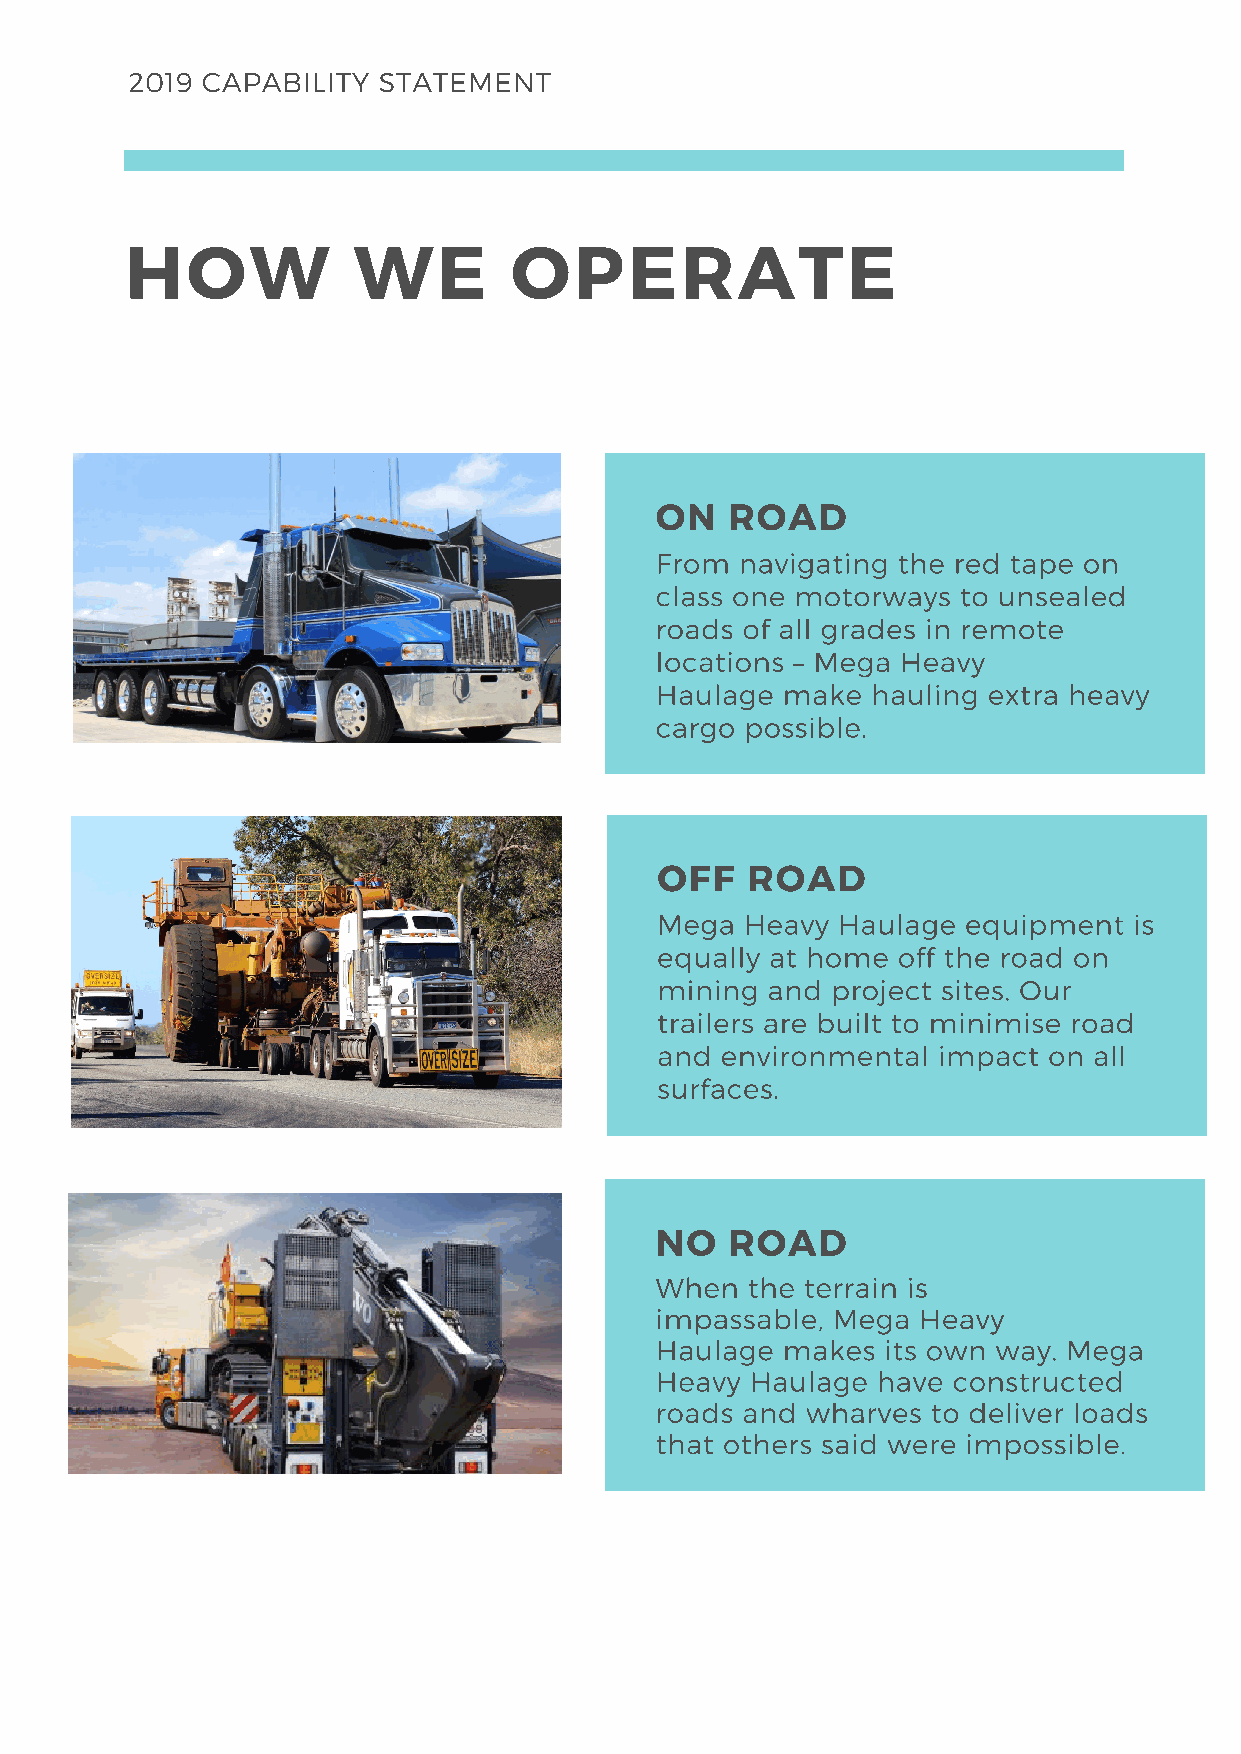
2019 CAPABILITY  STATEMENT
 HOW            WE         OPERATE
 ON   ROAD
 From  navigating the red tape on
 class one motorways  to unsealed
 roads of all grades in remote
 locations – Mega Heavy
 Haulage  make  hauling extra heavy
 cargo possible.
 OFF   ROAD
 Mega  Heavy Haulage  equipment  is
 equally at home off the road on
 mining  and project sites. Our
 trailers are built to minimise road
 and  environmental impact on all
 surfaces.
 NO   ROAD
 When  the terrain is
 impassable, Mega  Heavy
 Haulage  makes  its own way. Mega
 Heavy  Haulage have constructed
 roads and wharves  to deliver loads
 that others said were impossible.